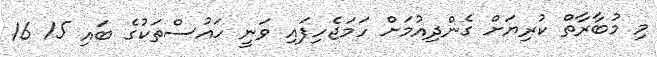
މި މުބާރާތް ކުރިޔަށް ގެންދިއުމަށް ހަމަޖެހިފައި ވަނީ ހައުސްތަކުގެ ބައި 15 16